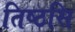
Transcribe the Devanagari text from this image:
तिष्ठसि